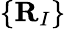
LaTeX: \{ \mathbf{R}_{I}\}